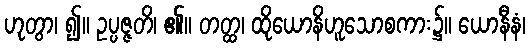
ဟုတွာ၊ ၍။ ဥပ္ပဇ္ဇတိ၊ ၏။ တတ္ထ၊ ထိုယောနိဟူသောစကား၌။ ယောနီနံ၊